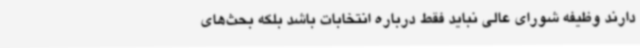
دارند وظیفه شورای عالی نباید فقط درباره انتخابات باشد بلکه بحث‌های